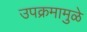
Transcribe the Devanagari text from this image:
उपक्रमामुळे